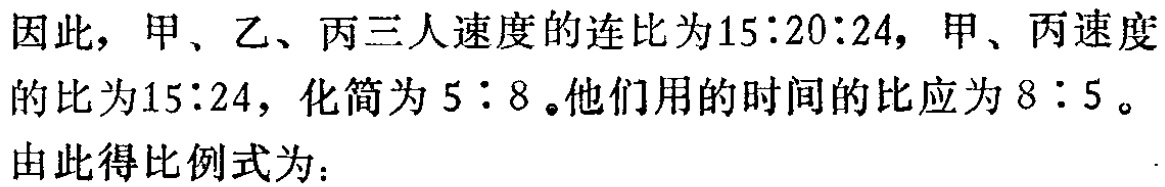
因此，甲、乙、丙三人速度的连比为\(15:20:24\)，甲、丙速度的比为\(15:24\)，化简为\(5:8\)。他们用的时间的比应为\(8:5\)。

由此得比例式为：